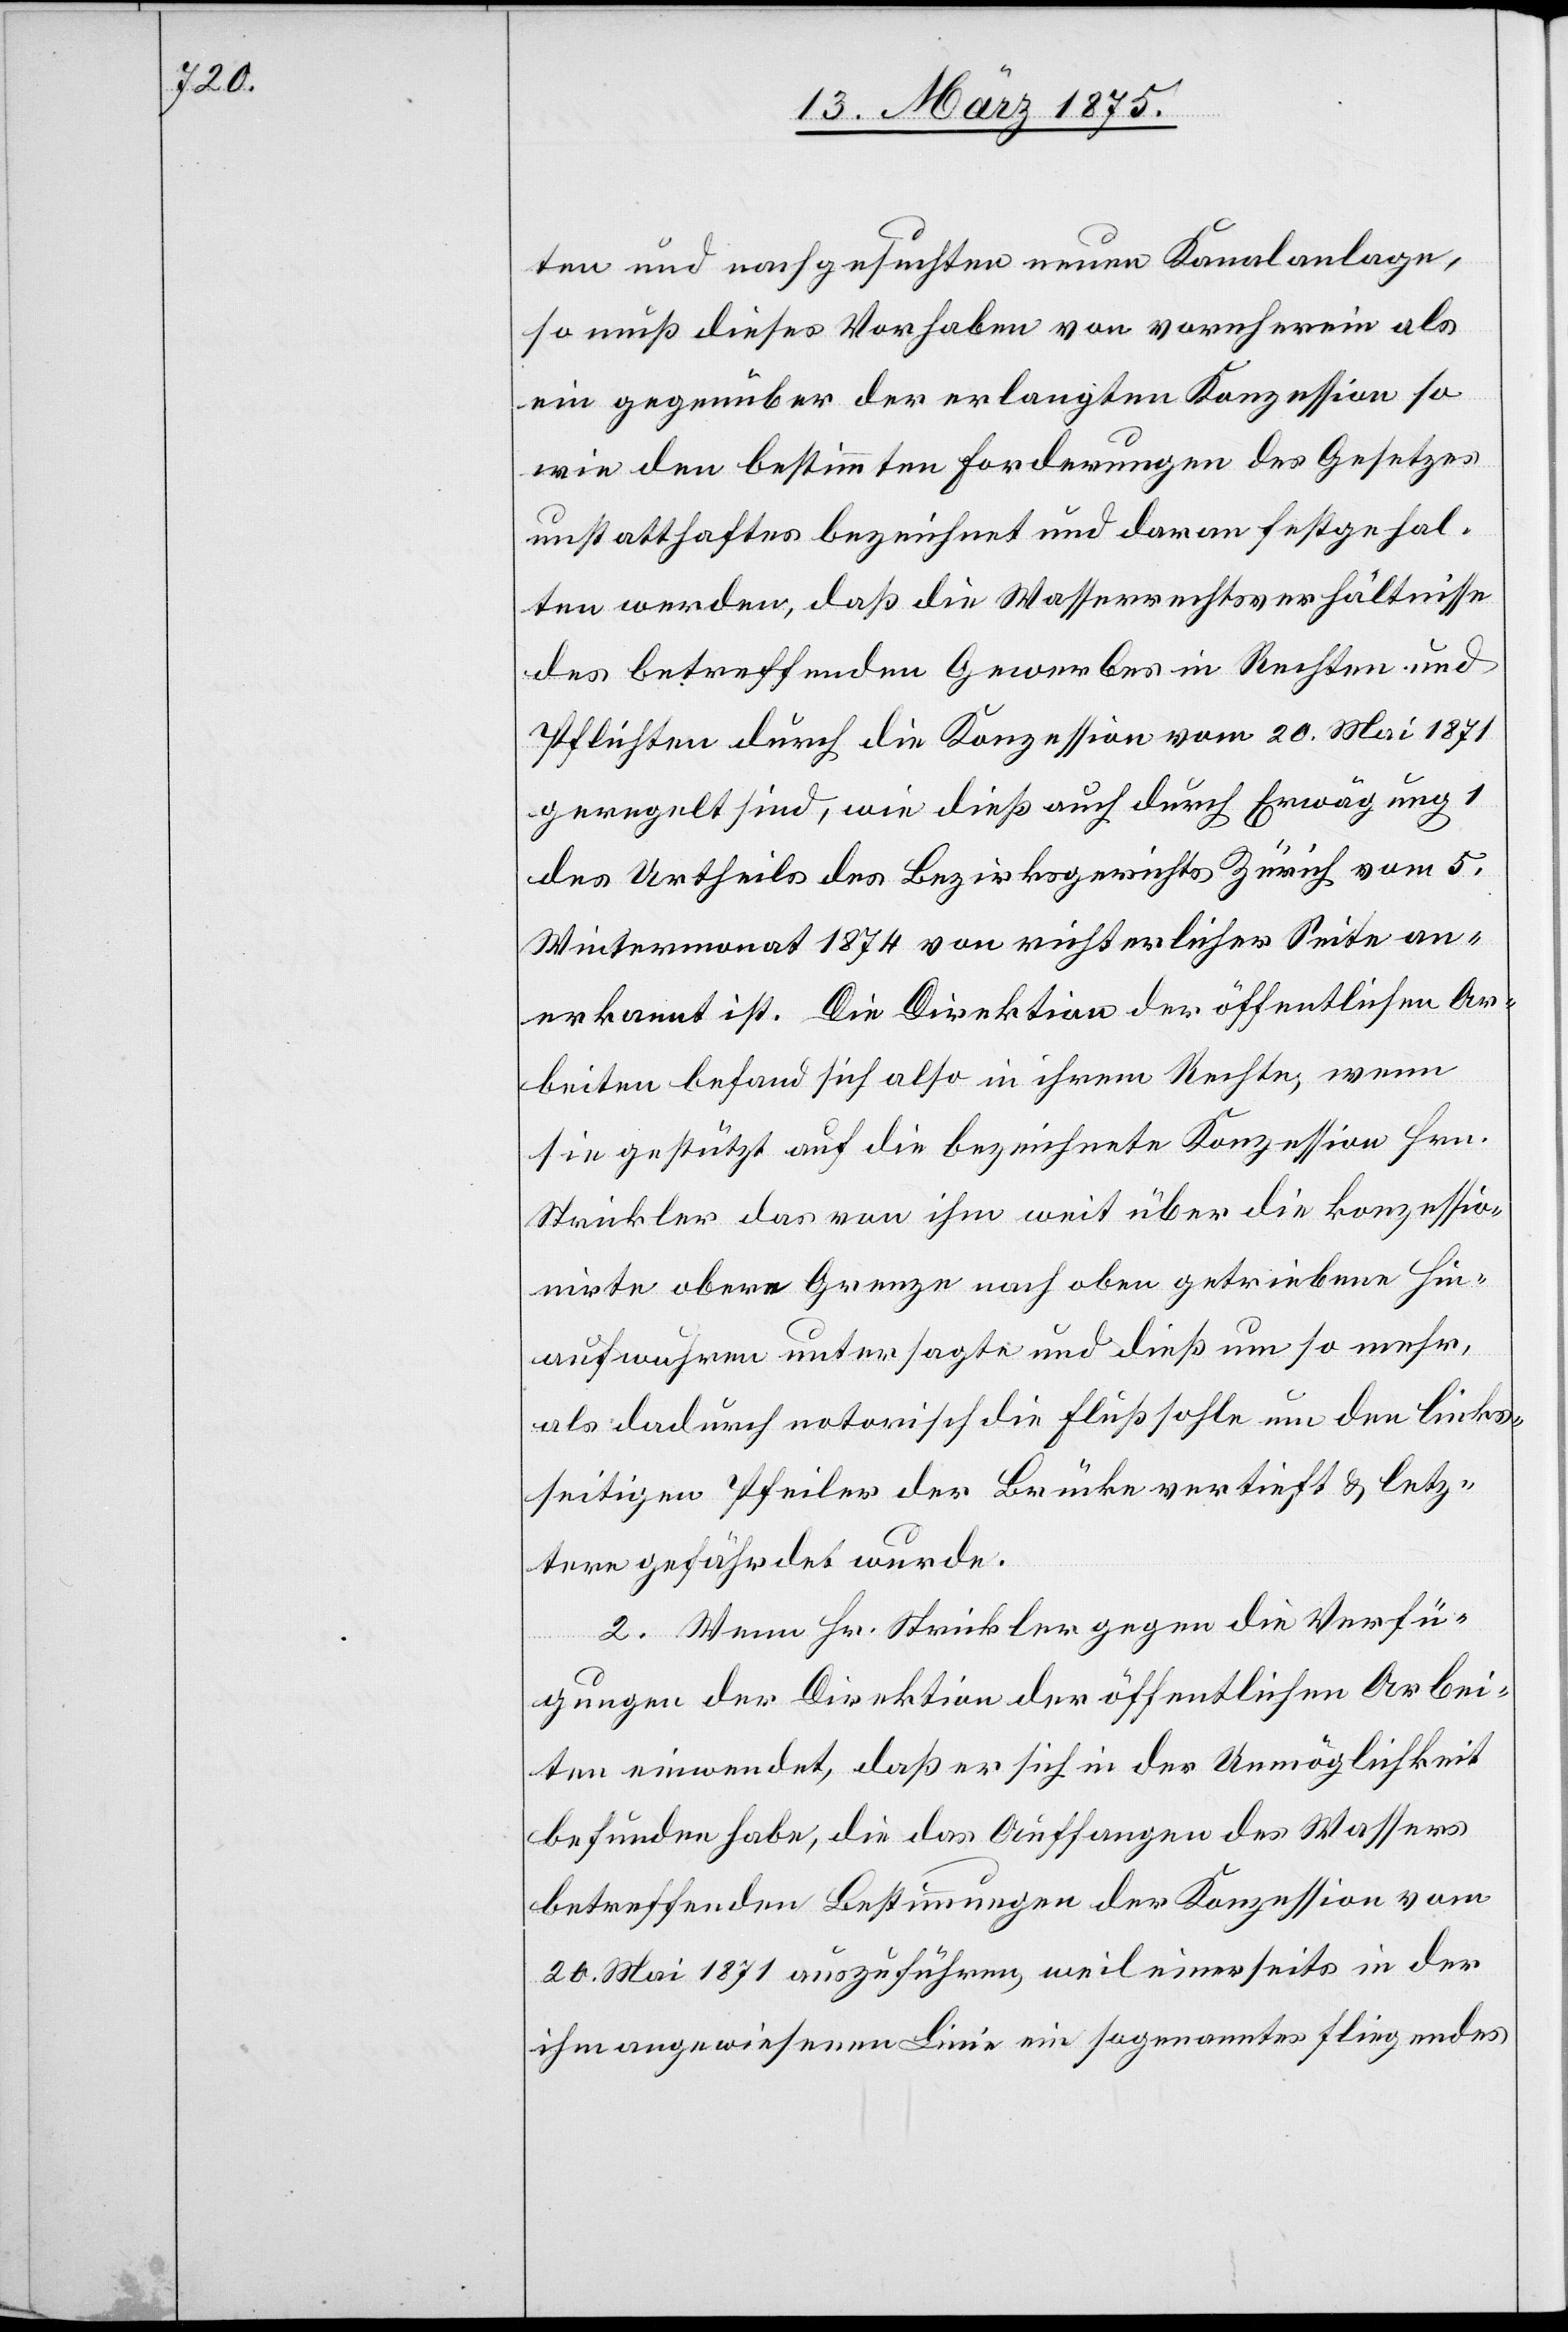
ten und nachgesuchten neuen Kanalanlage,
so muß dieses Vorhaben von vornherein als
ein gegenüber der erlangten Konzession so
wie den bestimmten Forderungen des Gesetzes
unstatthaftes bezeichnet und daran festgehal¬
ten werden, daß die Wasserrechtsverhältnisse
des Urtheils des Bezirksgerichts Zürich vom 5.
Wintermonat 1874 von richterlicher Seite an¬
erkannt ist. Die Direktion der öffentlichen Ar¬
beiten befand sich also in ihrem Rechte, wenn
sie gestützt auf die bezeichnete Konzession Hrn.
Strickler das von ihm weit über die konzession¬
irte obere Grenze nach oben getriebene Hin¬
aufwuhren untersagte und dieß um so mehr,
als dadurch notorisch die Flußsohle um den links¬
seitigen Pfeiler der Brücke vertieft & letz¬
tere gefährdet wurde.
2. Wenn Hr. Strickler gegen die Verfü¬
gungen der Direktion der öffentlichen Arbei¬
ten einwendet, daß er sich in der Unmöglichkeit
befunden habe, die das Auffangen des Wassers
betreffenden Bestimmung der Konzession vom
20. Mai 1871 auszuführen, weil einerseits in der
ihm angewiesenen Linie ein sogenanntes fliegendes